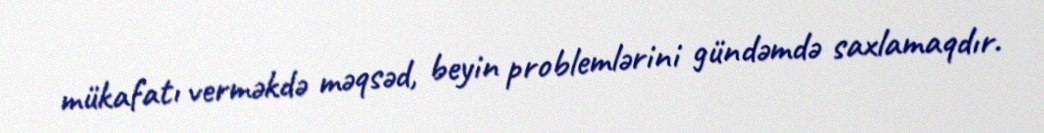
mükafatı verməkdə məqsəd, beyin problemlərini gündəmdə saxlamaqdır.